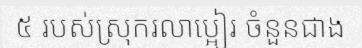
៥ របស់ស្រុករលាប្អៀរ ចំនួនជាង